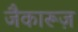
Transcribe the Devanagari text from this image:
जैकारूज़